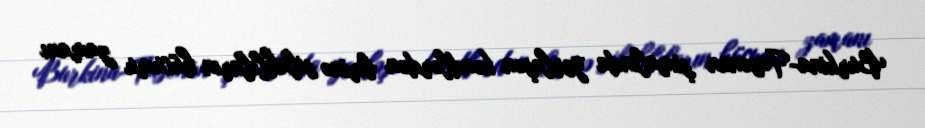
Burkina-Fasonun şimalında yerləşən kəndlərdən birinə silahlıların hücumu zamanı